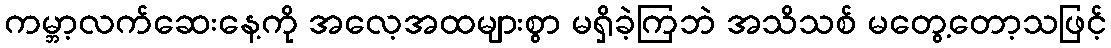
ကမ္ဘာ့လက်ဆေးနေ့ကို အလေ့အထများစွာ မရှိခဲ့ကြဘဲ အသိသစ် မတွေ့တော့သဖြင့်